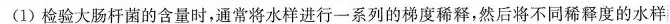
(1)检验大肠杆菌的含量时，通常将水样进行一系列的梯度稀释，然后将不同稀释度的水样